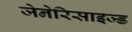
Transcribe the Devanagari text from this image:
जेनेरिसाइज्ड